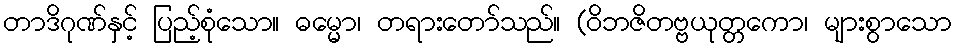
တာဒိဂုဏ်နှင့် ပြည့်စုံသော။ ဓမ္မော၊ တရားတော်သည်။ (ဝိဘဇိတဗ္ဗယုတ္တကော၊ များစွာသော